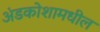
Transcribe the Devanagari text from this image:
अंडकोशामधील